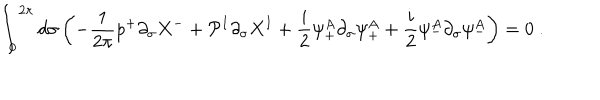
\int _ { 0 } ^ { 2 \pi } d \sigma \left( - \frac { 1 } { 2 \pi } p ^ { + } \partial _ { \sigma } X ^ { - } + { \cal P } ^ { I } \partial _ { \sigma } X ^ { I } + \frac { i } { 2 } \psi _ { + } ^ { A } \partial _ { \sigma } \psi _ { + } ^ { A } + \frac { i } { 2 } \psi _ { - } ^ { A } \partial _ { \sigma } \psi _ { - } ^ { A } \right) = 0 ~ .